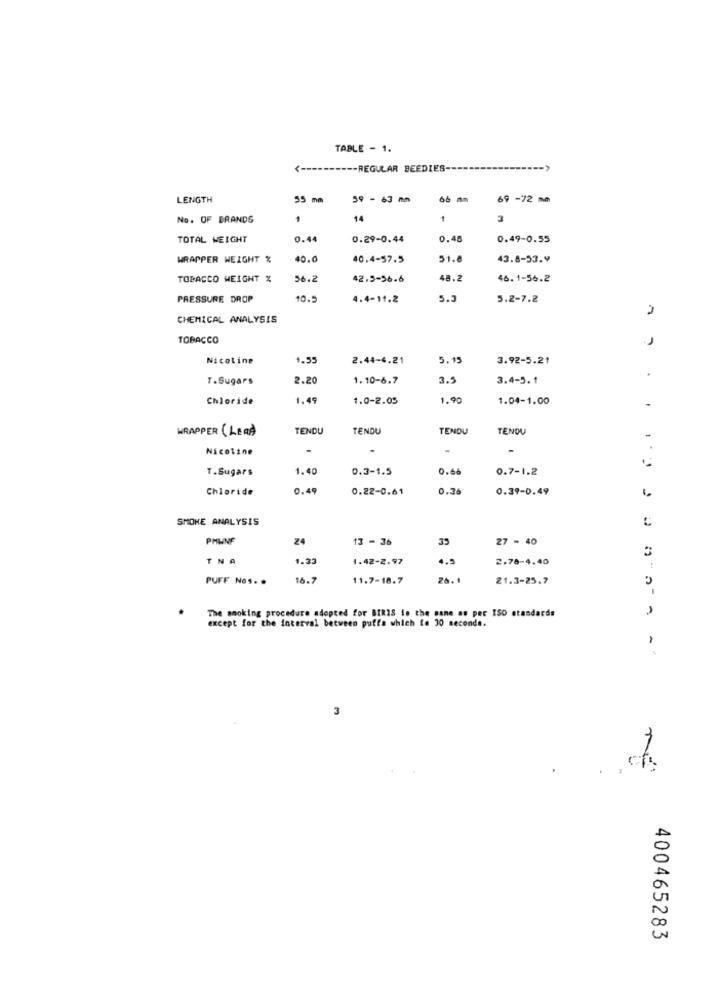
TABLE - 1.
REGULAR BEEDIES
LENGTH
55 mm
59 - 63 m
66 mm
69 -72 m
No. OF BRANDS
14
3
TOTAL WEIGHT
0.4
0.29-0.44
0.48
0.49-0.55
WRAPPER WEIGHT %
40.0
40.4-57.5
51.8
43.8-53.9
TOBACCO WEIGHT %
56.2
42.5-56.6
48.2
46.1-56.2
PRESSURE DROP
10.
4.4-11.2
5.5
5.2-7.2
2
CHEMICAL ANALYSIS
TOBACCO
.J
Nicotine
1.55
2.44-4.21
5.15
3.92-5.21
T.Sugars
2.20
1.10-6.7
3.5
3.4-5.1
Chloride
1.49
1.0-2.05
1.90
1.04-1.00
.
WRAPPER (LEA)
TENDU
TENDU
TENDU
TENDU
-
Nicoline
-
.
T.Sugars
1.40
0.3-1.5
0.66
0.7-1.2
Chloride
0.49
0.22-0.61
0.36
0.39-0.49
2
SMOKE ANALYSIS
PHINE
24
13 - 36
35
27 - 40
TNA
1.33
1.42-2.97
4.5
2.78-4.40
PUFF Nos. .
16.2
11.7-18.7
26.1
21.3-25.7
The smoking procedure adopted for BIRIS in the same as per ISO standards
except for the interval between puffa which fe 30 seconds.
3
400465283